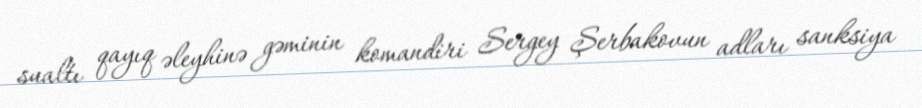
sualtı qayıq əleyhinə gəminin komandiri Sergey Şerbakovun adları sanksiya